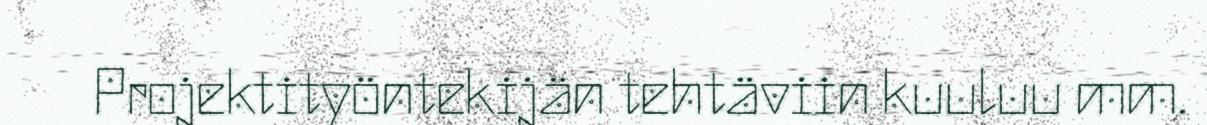
Projektityöntekijän tehtäviin kuuluu mm.